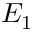
E _ { 1 }